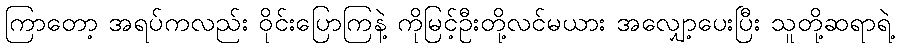
ကြာတော့ အရပ်ကလည်း ဝိုင်းပြောကြနဲ့ ကိုမြင့်ဦးတို့လင်မယား အလျှော့ပေးပြီး သူတို့ဆရာရဲ့